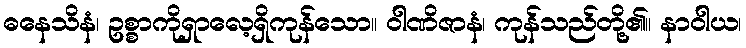
ဓနေသိနံ၊ ဥစ္စာကိုရှာလေ့ရှိကုန်သော။ ဝါဏိဇာနံ၊ ကုန်သည်တို့၏။ နာဝါယ၊